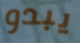
يبدو